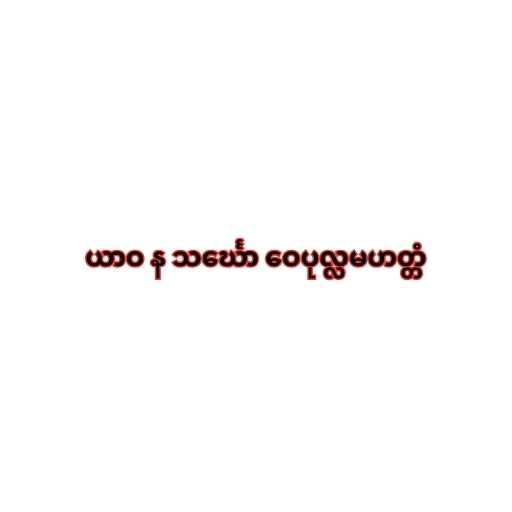
ယာဝ န သင်္ဃော ဝေပုလ္လမဟတ္တံ